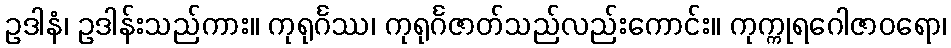
ဥဒါနံ၊ ဥဒါန်းသည်ကား။ ကုရုင်္ဂဿ၊ ကုရုင်္ဂဇာတ်သည်လည်းကောင်း။ ကုက္ကုရဂေါဇာဝရော၊